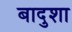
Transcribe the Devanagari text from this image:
बादुशा